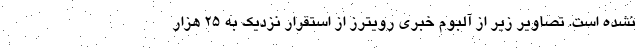
نشده است. تصاویر زیر از آلبوم خبری رویترز از استقرار نزدیک به 25 هزار